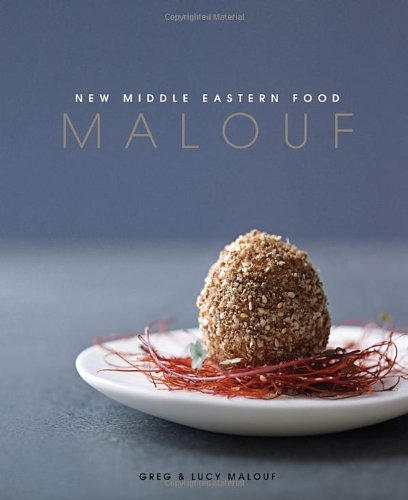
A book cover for Malouf: New Middle Eastern Food; Greg Malouf; Cookbooks, Food & Wine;